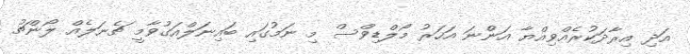
އަދި އިރާދަކުރެއްވިއްޔާ އަންނަ އަހަރު މޯލްޑިވްސް މި ނަމުގައި ބައިނަލްއަގުވާމީ ޗެނަލެއް ލޯންޗު